Report on the working of the Ranchi Indian Mental Hospital, Kanke, in Bihar and Orissa - 1930-1940
Year: 1930
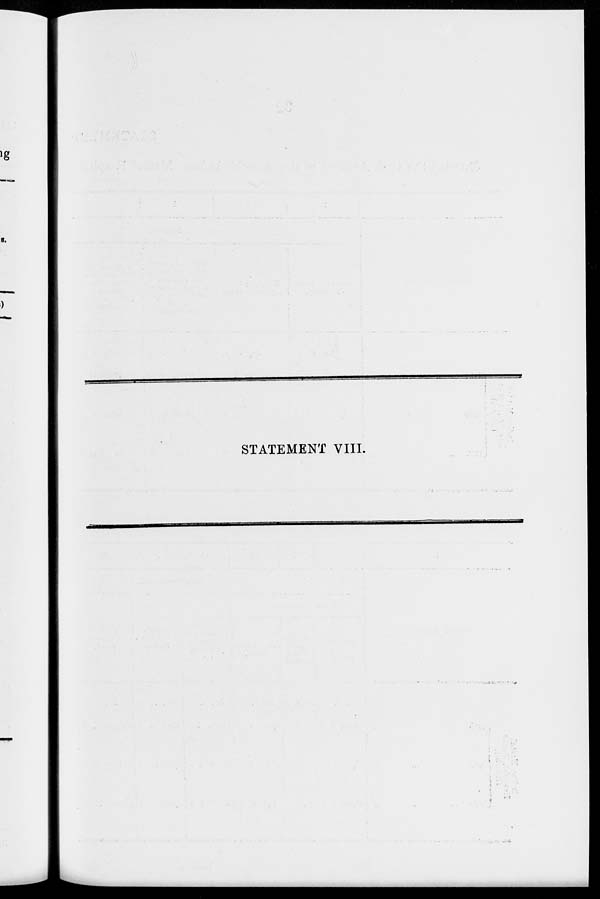
STATEMENT VIII.